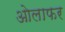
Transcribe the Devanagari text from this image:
ओलाफर